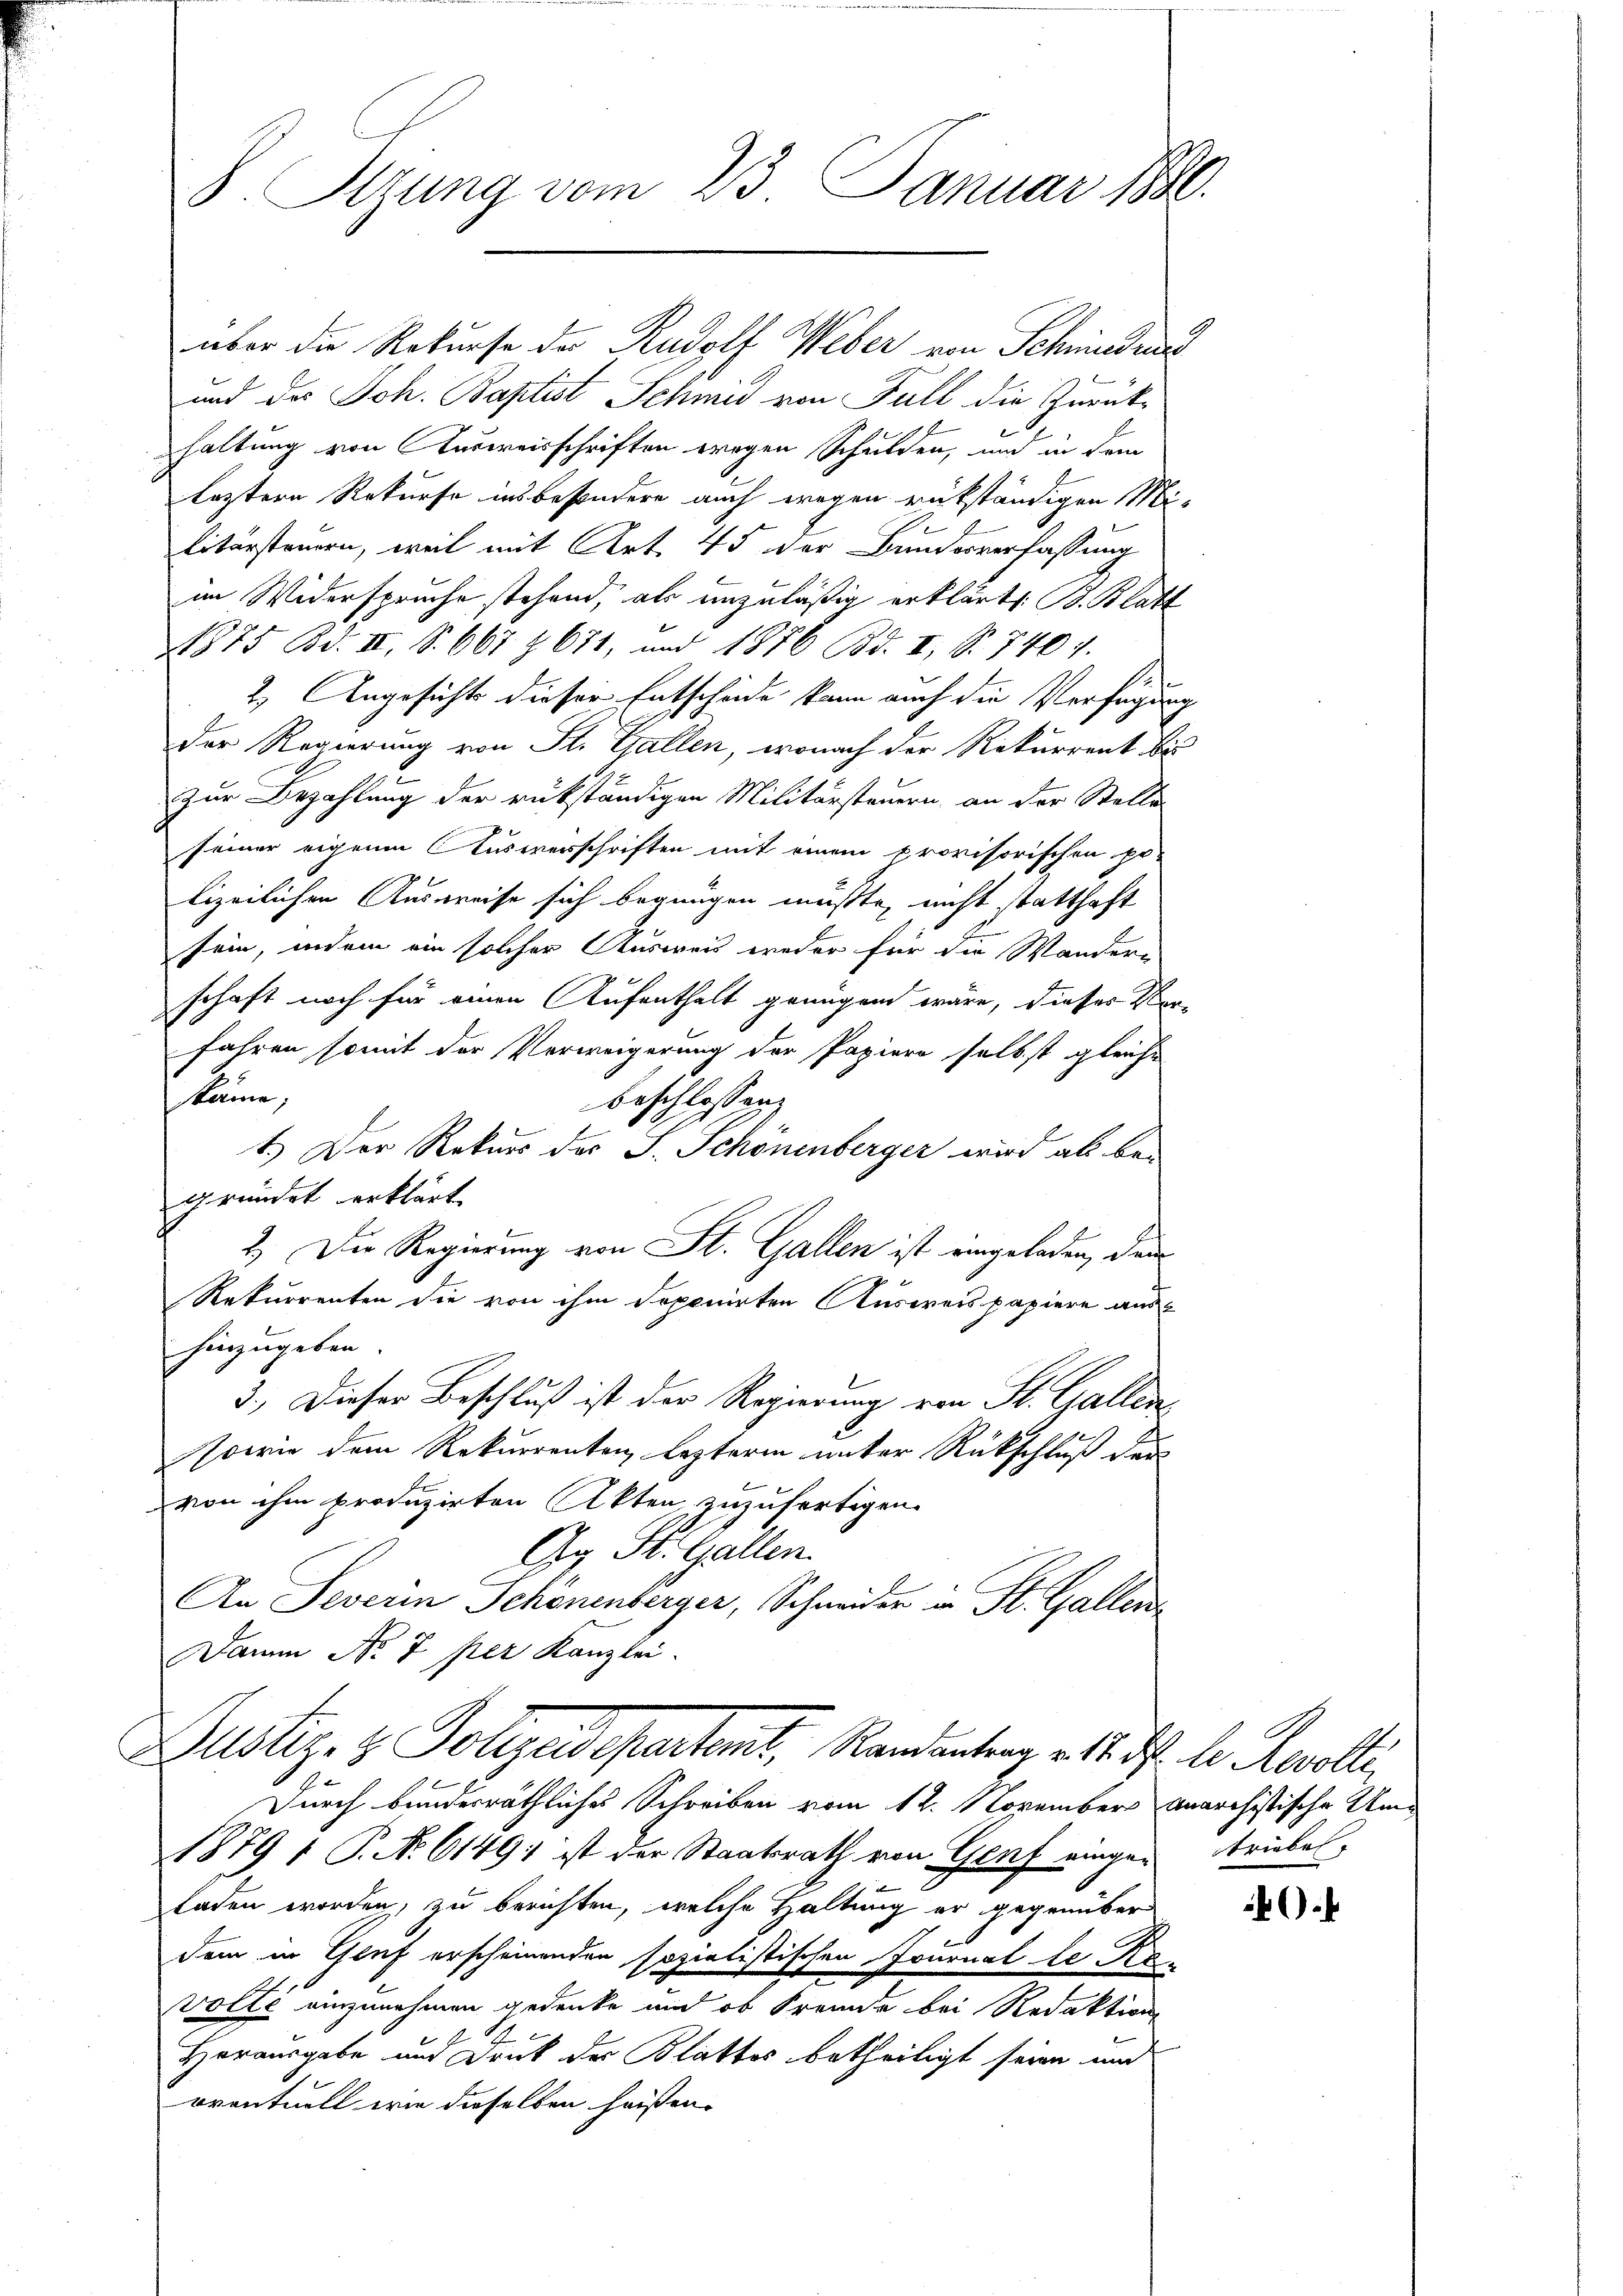
über die Rekurse der Rudolf Weber von Scheindruc
und des Joh. Baptist Schmid von Fall die Zurückhaltung von Ausweisschriften wegen Schulden, und in dem
leztern Rekurse insbesondere auch wegen rükständigen Mi-
litersteuern, weil mit Art. 45 der Bunderverfassung
im Widerspruche stehend, als unzuläßig erklärt: B. Blatt
11875 Bd. II, S. 667 Z. 671, und 1876 Bd. II, S. 740 f.
A.
2.) Angesichts dieser Entscheide kann auch die Verfügung
Der Regierung von St. Gallen, wonach der Rekurrent bis
zur Bezahlung der rükständigen Militärsteuern an der Stelle
seiner eigenen Auswerschriften mit einem provisorischen pr.
lizeilichen Ausweise sich begnügen müßte, nicht statthaft
sein, indem ein solcher Ausweis weder für die Wandern
schaft noch für einen Aufenthalt genügend wäre, dieses Ver-
fahren somit der Verweigerung der Papiere selbst gleiche
skäme;
beschlossen:
1.) Der Rekurs ders S. Schönenberger wird als begründet erklärt.
2.) Die Regierung von St. Gallen ist eingeladen, den
Rekurrenten die von ihm deponirten Ausweis papiere aushinzugeben.
3.) Dieser Beschluß ist der Regierung von St. Gallen
Nowie dem Rekurrenten lezterm unter Rückschluß der
von ihm produzirten Akten zuzufertigen.
Gy St. Gallen.
An Severin Schönenberger, Schneider u. St. Gallen
Damm No 7 per Kanzlei.
Justiz- & Polizeidepartent, Randentrag v. 18. d. h. Revolli
Durch bundesräthliches Schreiben vom 12. Novembers unarchistische Um¬
1879 1 P. No 6149; ist der Staatsrath von Genf eingen triebes,
laden worden, zu berichten, welche Haltung er gegenüber
dem in Gruf erscheinenden sozialistischen Journalle Re
volte einzunehmen gedenke und ob Fremde bei Redaktions
Herausgabe und Druck der Blattes betheiligt seien und
oventuell wie dieselben heißen.

8. Stzung vom 23. Januar 1890.

)